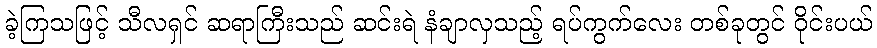
ခဲ့ကြသဖြင့် သီလရှင် ဆရာကြီးသည် ဆင်းရဲ နံချာလှသည့် ရပ်ကွက်လေး တစ်ခုတွင် ဝိုင်းပယ်